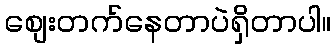
စျေးတက်နေတာပဲရှိတာပါ။